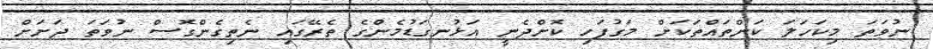
ނުވަތަ މިކަހަލަ ކަންތައްތަކަށް މަގުފަހި ކޮށްދެނީ އަޅުނގަޑުމެންގެ ތެރޭގައި ނެތިގެންގޮސް ނުވަތަ ދަށަށް